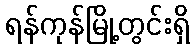
ရန်ကုန်မြို့တွင်းရှိ